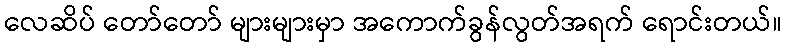
လေဆိပ် တော်တော် များများမှာ အကောက်ခွန်လွတ်အရက် ရောင်းတယ်။